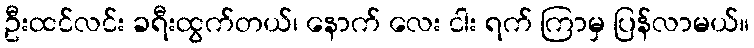
ဦးထင်လင်း ခရီးထွက်တယ်၊ နောက် လေး ငါး ရက် ကြာမှ ပြန်လာမယ်။